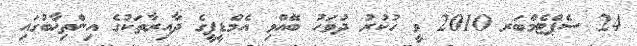
24 ސެޕްޓެމްބަރ 2010 ވީ ހުކުރު ދުވަހު ބޭއްވި އެމްޑީޕީގެ ދާއިރާތަކުގެ އިންތިޚާބުގައި